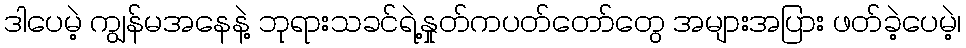
ဒါပေမဲ့ ကျွန်မအနေနဲ့ ဘုရားသခင်ရဲ့နှုတ်ကပတ်တော်တွေ အများအပြား ဖတ်ခဲ့ပေမဲ့၊